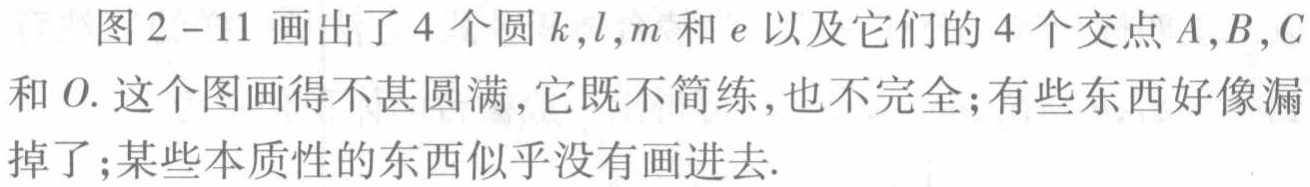
图2 - 11画出了4个圆\(k,l,m\)和\(e\)以及它们的4个交点\(A,B,C\)和\(O\). 这个图画得不甚圆满,它既不简练,也不完全;有些东西好像漏掉了;某些本质性的东西似乎没有画进去.